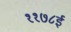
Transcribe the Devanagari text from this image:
११७८ई